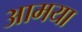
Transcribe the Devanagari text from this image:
आमया